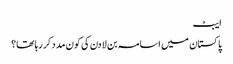
ایبٹ
پاکستان میں اسامہ بن لادن کی کون مدد کر رہا تھا؟